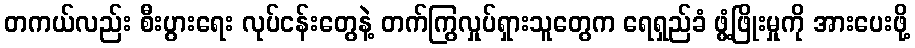
တကယ်လည်း စီးပွားရေး လုပ်ငန်းတွေနဲ့ တက်ကြွလှုပ်ရှားသူတွေက ရေရှည်ခံ ဖွံ့ဖြိုးမှုကို အားပေးဖို့